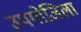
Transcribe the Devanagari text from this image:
उपयोजिला